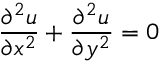
{ \frac { \partial ^ { 2 } u } { \partial x ^ { 2 } } } + { \frac { \partial ^ { 2 } u } { \partial y ^ { 2 } } } = 0